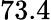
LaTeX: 73.4